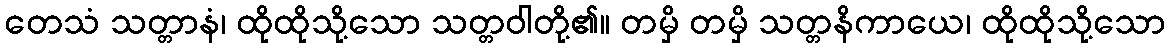
တေသံ သတ္တာနံ၊ ထိုထိုသို့သော သတ္တဝါတို့၏။ တမှိ တမှိ သတ္တနိကာယေ၊ ထိုထိုသို့သော